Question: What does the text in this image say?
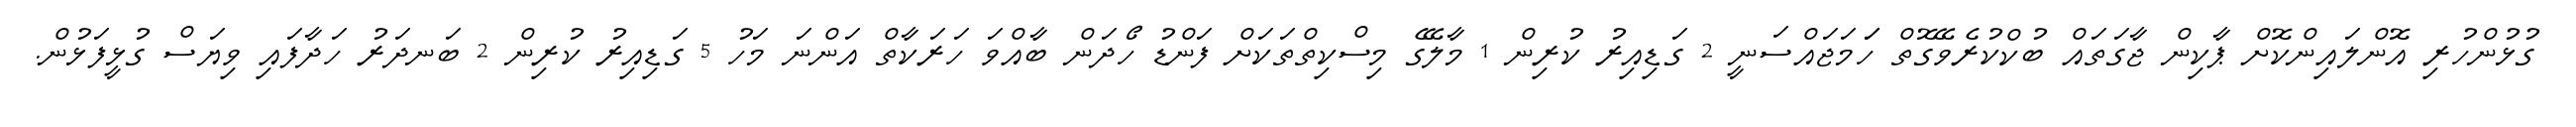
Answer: ގުޅުންހުރި އޮންލައިންކޮށް ޕާކިން ޖާގަތައް ބުކްކުރެވޭގޮތް ހަަމަޖައްސަނީ 2 ގަޑިއިރު ކުރިން 1 މާލޭގެ މިސްކިތްތަކަށް ފަންޑު ހޯދަން ބާއްވަ ހަރަކާތް އަންނަ މަހު 5 ގަޑިއިރު ކުރިން 2 ބަނދަރު ހަދާފައި ވިޔަސް ގުޅީފަޅުން.